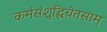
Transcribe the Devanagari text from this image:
कर्मसंशुद्धिचेतसाम्